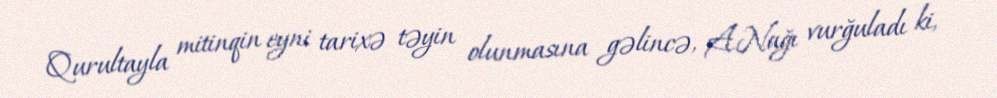
Qurultayla mitinqin eyni tarixə təyin olunmasına gəlincə, A.Nağı vurğuladı ki,